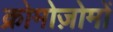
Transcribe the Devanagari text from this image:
क्रोमोज़ोमों